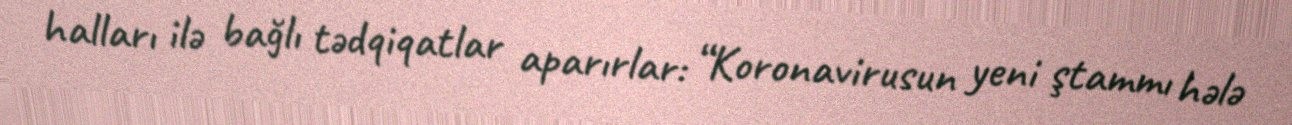
halları ilə bağlı tədqiqatlar aparırlar: “Koronavirusun yeni ştammı hələ